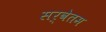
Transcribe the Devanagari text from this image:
सर्वेतम